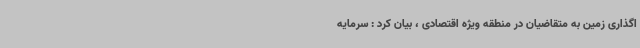
اگذاری زمین به متقاضیان در منطقه ویژه اقتصادی ، بیان کرد : سرمایه